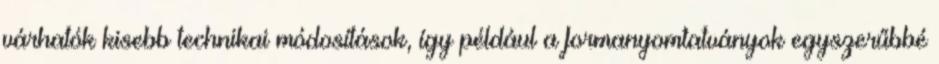
várhatók kisebb technikai módosítások, így például a formanyomtatványok egyszerűbbé